Civil Veterinary Dept. Assam report 1927-50 - 1927-1950
Year: 1927
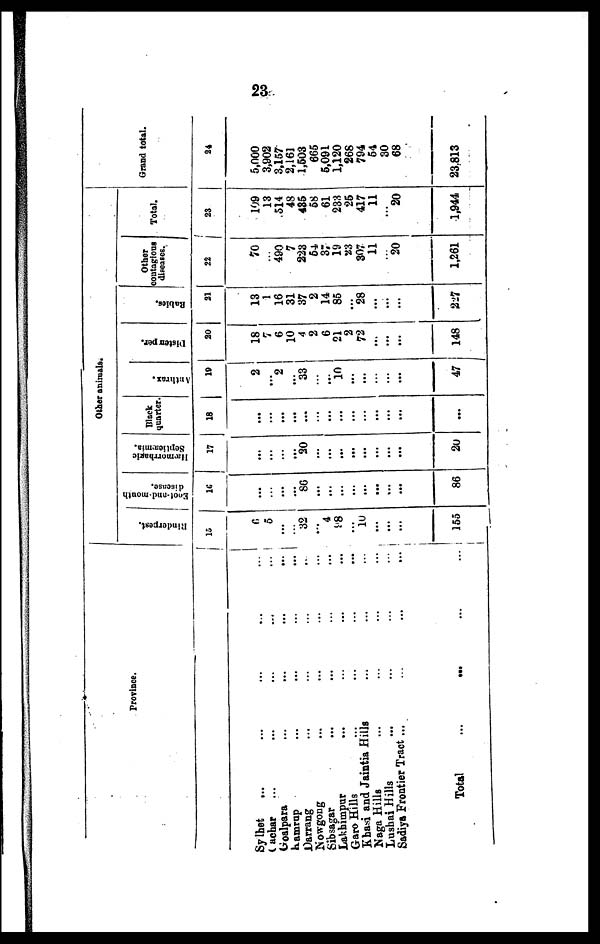
23
Province.
Sylhet ... ... ... ... ...
Cavhar ... ... ... ... ...
Goalpara
...
...
...
...
...
Kamrup
...
...
...
...
Darrang ... ... ... ...
Nowgong ... ... ... ...
Sibsagar ... ... ... ...
Lakhimpur ... ... ... ...
Garo Hills ... ... ... ...
Khasi and Jaintia Hills ... ... ...
Naga Hills ... ... ... ...
Lusbai Hills ... ... ... ...
Sadiya Frontier Tract ... ... ... ... ...
Total
...
...
Other animals.
Rinderpest.
15
6
5
...
...
32
...
4
98
...
10
...
...
...
155
Eoot-and month
disease.
16
...
...
...
...
86
...
...
...
... ... ... ...
86
Hæmorrhagic
Senticæmia.
17
...
...
...
...
20
...
...
...
...
...
... ... ...
20
Black
quarter.
18
...
...
...
...
...
...
...
...
...
... ... ... ...
...
Anthrax.
19
2
...
2
...
33
...
...
10
...
...
...
...
...
... ... ...
47
Distemper.
20
18
7
6
10
4
2
6
21
2
72
...
...
...
148
Rabies.
21
13
1
16
31
37
2
14
85
...
28
...
...
...
227
Other
contagions
diseases.
22
70
...
490
7
223
54
37
19
23
307
11
...
20
1,261
Total.
23
109
13
514
48
435
58
61
233
25
417
11
...
20
1,944
Grand total.
24
5,000
3,902
3,157
2,161
1,503
665
5,091
1,120
268
794
54
30
68
23,813